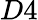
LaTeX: D4